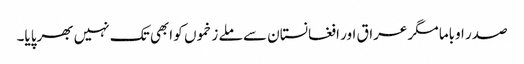
صدر اوباما مگر عراق اور افغانستان سے ملے زخموں کو ابھی تک نہیں بھرپایا۔